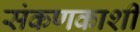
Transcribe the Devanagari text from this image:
संकणकाशी